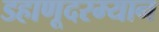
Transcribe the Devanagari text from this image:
डहाणूदरम्यान